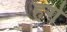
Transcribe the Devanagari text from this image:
हगे